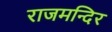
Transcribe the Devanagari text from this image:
राजमन्दिर